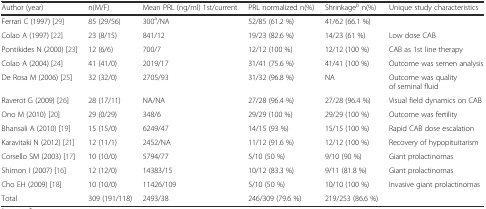
<table><thead><tr><td><b>Author (year)</b></td><td><b>n(M/F)</b></td><td><b>Mean PRL (ng/ml) 1st/current</b></td><td><b>PRL normalized n(%)</b></td><td><b>Shrinkage<sup>b</sup> n(%)</b></td><td><b>Unique study characteristics</b></td></tr></thead><tbody><tr><td>Ferrari C (1997) [29]</td><td>85 (29/56)</td><td>300<sup>a</sup>/NA</td><td>52/85 (61.2 %)</td><td>41/62 (66.1 %)</td><td></td></tr><tr><td>Colao A (1997) [22]</td><td>23 (8/15)</td><td>841/12</td><td>19/23 (82.6 %)</td><td>14/23 (61 %)</td><td>Low dose CAB</td></tr><tr><td>Pontikides N (2000) [23]</td><td>12 (6/6)</td><td>700/7</td><td>12/12 (100 %)</td><td>12/12 (100 %)</td><td>CAB as 1st line therapy</td></tr><tr><td>Colao A (2004) [24]</td><td>41 (41/0)</td><td>2019/17</td><td>31/41 (75.6 %)</td><td>41/41 (100 %)</td><td>Outcome was semen analysis</td></tr><tr><td>De Rosa M (2006) [25]</td><td>32 (32/0)</td><td>2705/93</td><td>31/32 (96.8 %)</td><td>NA</td><td>Outcome was quality of seminal fluid</td></tr><tr><td>Raverot G (2009) [26]</td><td>28 (17/11)</td><td>NA/NA</td><td>27/28 (96.4 %)</td><td>27/28 (96.4 %)</td><td>Visual field dynamics on CAB</td></tr><tr><td>Ono M (2010) [20]</td><td>29 (0/29)</td><td>348/6</td><td>29/29 (100 %)</td><td>29/29 (100 %)</td><td>Outcome was fertility</td></tr><tr><td>Bhansali A (2010) [19]</td><td>15 (15/0)</td><td>6249/47</td><td>14/15 (93 %)</td><td>15/15 (100 %)</td><td>Rapid CAB dose escalation</td></tr><tr><td>Karavitaki N (2012) [21]</td><td>12 (11/1)</td><td>2452/NA</td><td>11/12 (91.6 %)</td><td>12/12 (100 %)</td><td>Recovery of hypopituitarism</td></tr><tr><td>Corsello SM (2003) [17]</td><td>10 (10/0)</td><td>5794/77</td><td>5/10 (50 %)</td><td>9/10 (90 %)</td><td>Giant prolactinomas</td></tr><tr><td>Shimon I (2007) [16]</td><td>12 (12/0)</td><td>14383/15</td><td>10/12 (83.3 %)</td><td>9/11 (81.8 %)</td><td>Giant prolactinomas</td></tr><tr><td>Cho EH (2009) [18]</td><td>10 (10/0)</td><td>11426/109</td><td>5/10 (50 %)</td><td>10/10 (100 %)</td><td>Invasive giant prolactinomas</td></tr><tr><td>Total</td><td>309 (191/118)</td><td>2493/38</td><td>246/309 (79.6 %)</td><td>219/253 (86.6 %)</td><td></td></tr></tbody></table>